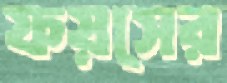
ফয়সের